Annual vaccination report of Bihar and Orissa - 1911-1928
Year: 1911
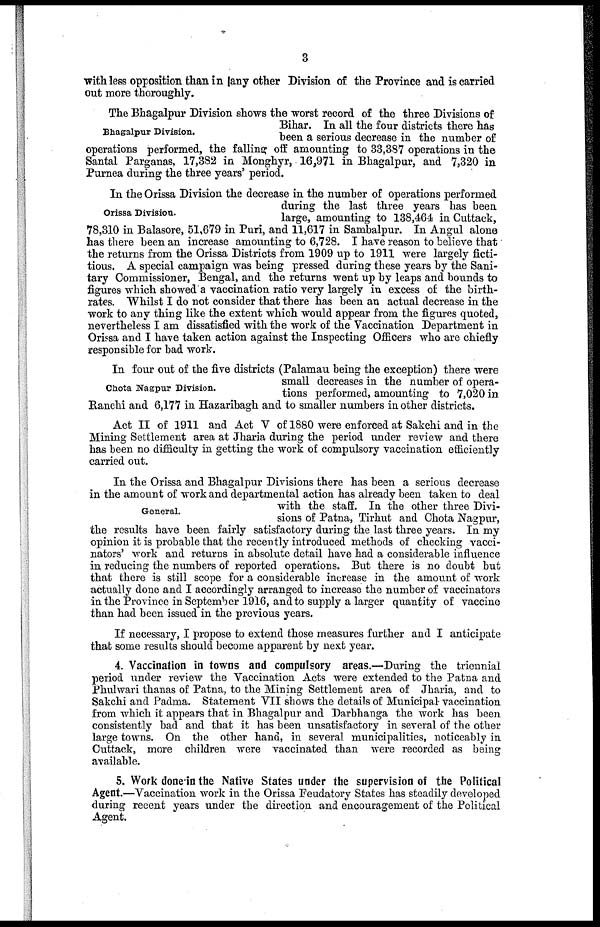
3
with less opposition than in any other Division of the Province and is carried
out more thoroughly.
Bhagalpur Division.
The Bhagalpur Division shows the worst record of the three Divisions of
Bihar. In all the four districts there has
been a serious decrease in the number of
operations performed, the falling off amounting to 33,387 operations in the
Santal Parganas, 17,382 in Monghyr, 16,971 in Bhagalpur, and 7,320 in
Purnea during the three years' period.
Orissa Division.
In the Orissa Division the decrease in the number of operations performed
during the last three years has been
large, amounting to 138,464 in Cuttack,
78,310 in Balasore, 51,679 in Puri, and 11,617 in Sambalpur. In Angul alone
has there been an increase amounting to 6,728. I have reason to believe that
the returns from the Orissa Districts from 1909 up to 1911 were largely ficti-
tious. A special campaign was being pressed during these years by the Sani-
tary Commissioner, Bengal, and the returns went up by leaps and bounds to
figures which showed a vaccination ratio very largely in excess of the birth-
rates. Whilst I do not consider that there has been an actual decrease in the
work to any thing like the extent which would appear from the figures quoted,
nevertheless I am dissatisfied with the work of the Vaccination Department in
Orissa and I have taken action against the Inspecting Officers who are chiefly
responsible for bad work.
Chota Nagpur Division.
In four out of the five districts (Palamau being the exception) there were
small decreases in the number of opera-
tions performed, amounting to 7,020 in
Ranchi and 6,177 in Hazaribagh and to smaller numbers in other districts.
Act II of 1911 and Act V of 1880 were enforced at Sakchi and in the
Mining Settlement area at Jharia during the period under review and there
has been no difficulty in getting the work of compulsory vaccination efficiently
carried out.
General.
In the Orissa and Bhagalpur Divisions there has been a serious decrease
in the amount of work and departmental action has already been taken to deal
with the staff. In the other three Divi-
sions of Patna, Tirhut and Chota Nagpur,
the results have been fairly satisfactory during the last three years. In my
opinion it is probable that the recently introduced methods of checking vacci-
nators' work and returns in absolute detail have had a considerable influence
in reducing the numbers of reported operations. But there is no doubt but
that there is still scope for a considerable increase in the amount of work
actually done and I accordingly arranged to increase the number of vaccinators
in the Province in September 1916, and to supply a larger quantity of vaccine
than had been issued in the previous years.
If necessary, I propose to extend those measures further and I anticipate
that some results should become apparent by next year.
4. Vaccination in towns and compulsory areas.—During the triennial
period under review the Vaccination Acts were extended to the Patna and
Phulwari thanas of Patna, to the Mining Settlement area of Jharia, and to
Sakchi and Padma. Statement VII shows the details of Municipal vaccination
from which it appears that in Bhagalpur and Darbhanga the work has been
consistently bad and that it has been unsatisfactory in several of the other
large towns. On the other hand, in several municipalities, noticeably in
Cuttack, more children were vaccinated than were recorded as being
available.
5. Work done in the Native States under the supervision of the Political
Agent.—Vaccination work in the Orissa Feudatory States has steadily developed
during recent years under the direction and encouragement of the Political
Agent.